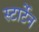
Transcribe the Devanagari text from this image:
स्टार्टेन